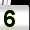
Digit: 5